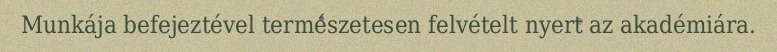
Munkája befejeztével természetesen felvételt nyert az akadémiára.